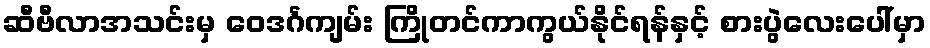
ဆီဗီလာအသင်းမှ ဝေဒင်္ဂကျမ်း ကြိုတင်ကာကွယ်နိုင်ရန်နှင့် စားပွဲလေးပေါ်မှာ